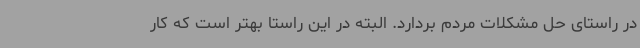
در راستای حل مشکلات مردم بردارد. البته در این راستا بهتر است که کار